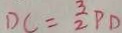
D C = \frac { 3 } { 2 } P D